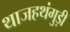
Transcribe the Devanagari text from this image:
थाजहथंगुड़ी